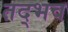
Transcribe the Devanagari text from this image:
तद्‍भव